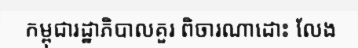
កម្ពុជារដ្ឋាភិបាលគួរ ពិចារណាដោះ លែង